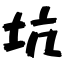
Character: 坑